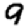
Digit: 9